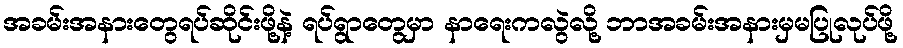
အခမ်းအနားတွေရပ်ဆိုင်းဖို့နဲ့ ရပ်ရွာတွေမှာ နာရေးကလွဲလို့ ဘာအခမ်းအနားမှမပြုလုပ်ဖို့